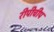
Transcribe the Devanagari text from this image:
रीपीचीप